Vaccination North-Western Provinces and Oudh 1878-1895 - 1878-1895
Year: 1878
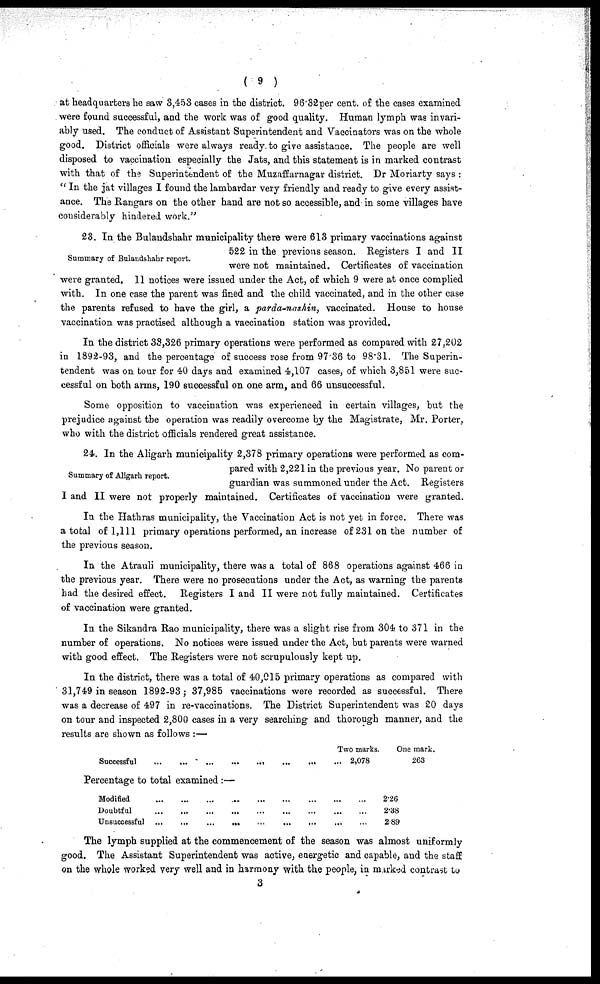
( 9 )
at headquarters he saw 3,453 cases in the district. 96.32per cent. of the cases examined
were found successful, and the work was of good quality. Human lymph was invari-
ably used. The conduct of Assistant Superintendent and Vaccinators was on the whole
good. District officials were always ready to give assistance. The people are well
disposed to vaccination especially the Jats, and this statement is in marked contrast
with that of the Superintendent of the Muzaffarnagar district. Dr Moriarty says :
" In the jat villages I found the lambardar very friendly and ready to give every assist-
ance. The Rangars on the other hand are not so accessible, and in some villages have
considerably hindered work."
Summary of Bulaudshahr report.
23. In the Bulandshahr municipality there were .613 primary vaccinations against
522 in the previous season. Registers I and II
were not maintained. Certificates of vaccination
were granted. 11 notices were issued under the Act, of which 9 were at once complied
with. In one case the parent was fined and the child vaccinated, and in the other case
the parents refused to have the girl, a parda-nashin, vaccinated. House to house
vaccination was practised although a vaccination station was provided.
In the district 33,326 primary operations were performed as compared with 27,202
in 1892-93, and the percentage of success rose from 97.36 to 98.31. The Superin-
tendent was on tour for 40 days and examined 4,107 cases, of which 3,851 were suc-
cessful on both arms, 190 successful on one arm, and 66 unsuccessful.
Some opposition to vaccination was experienced in certain villages, but the
prejudice against the operation was readily overcome by the Magistrate, Mr. Porter,
who with the district officials rendered great assistance.
Summary of Aligarh report.
24. In the Aligarh municipality 2,378 primary operations were performed as com-
pared with 2,221 in the previous year. No parent or
guardian was summoned under the Act. Registers
I and II were not properly maintained. Certificates of vaccination were granted.
In the Hathras municipality, the Vaccination Act is not yet in force. There was
a total of 1,111 primary operations performed, an increase of 231 on the number of
the previous season.
In the Atrauli municipality, there was a total of 868 operations against 466 in
the previous year. There were no prosecutions under the Act, as warning the parents
had the desired effect. Registers I and II were not fully maintained. Certificates
of vaccination were granted.
In the Sikandra Rao municipality, there was a slight rise from 304 to 371 in the
number of operations. No notices were issued under the Act, but parents were warned
with good effect. The Registers were not scrupulously kept up.
In the district, there was a total of 40,015 primary operations as compared with
31,749 in season 1892-93; 37,985 vaccinations were recorded as successful. There
was a decrease of 497 in re-vaccinations. The District Superintendent was 20 days
on tour and inspected 2,800 cases in a very searching and thorough manner, and the
results are shown as follows :—
Two marks.
Successful
...
...
...
...
...
...
2,078
Percentage to total examined :—
Modified
...
...
...
...
...
...
...
...
Doubtful
...
...
...
...
...
...
...
...
Unsuccessful
...
...
...
...
...
...
...
...
One mark.
263
226
2.38
2.89
The lymph supplied at the commencement of the season was almost uniformly
good. The Assistant Superintendent was active, energetic and capable, and the staff
on the whole worked very well and in harmony with the people, in marked contrast to
3